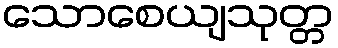
သောစေယျသုတ္တ